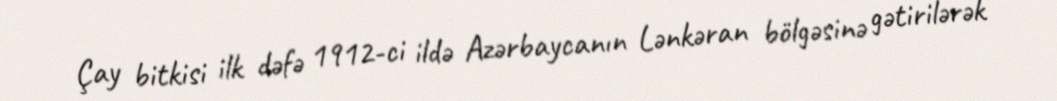
Çay bitkisi ilk dəfə 1912-ci ildə Azərbaycanın Lənkəran bölgəsinə gətirilərək